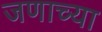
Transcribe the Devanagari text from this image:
जणाच्या